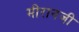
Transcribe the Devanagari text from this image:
मीरानजी